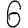
Digit: 6